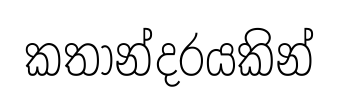
කතාන්දරයකින්